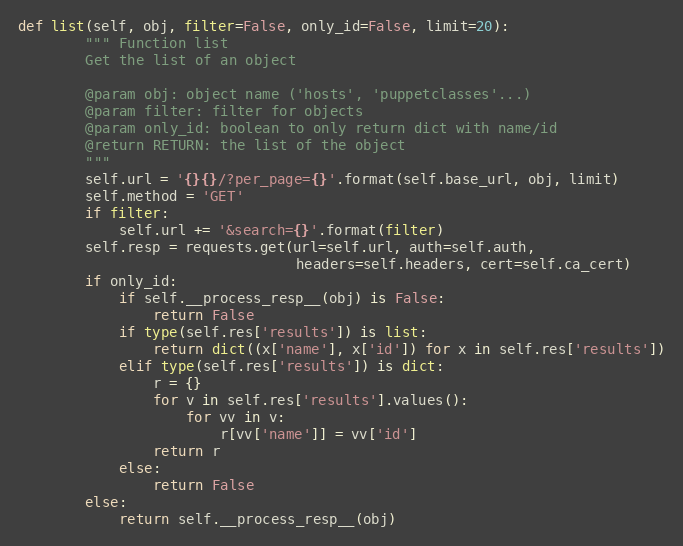
Language: Python
def list(self, obj, filter=False, only_id=False, limit=20):
        """ Function list
        Get the list of an object

        @param obj: object name ('hosts', 'puppetclasses'...)
        @param filter: filter for objects
        @param only_id: boolean to only return dict with name/id
        @return RETURN: the list of the object
        """
        self.url = '{}{}/?per_page={}'.format(self.base_url, obj, limit)
        self.method = 'GET'
        if filter:
            self.url += '&search={}'.format(filter)
        self.resp = requests.get(url=self.url, auth=self.auth,
                                 headers=self.headers, cert=self.ca_cert)
        if only_id:
            if self.__process_resp__(obj) is False:
                return False
            if type(self.res['results']) is list:
                return dict((x['name'], x['id']) for x in self.res['results'])
            elif type(self.res['results']) is dict:
                r = {}
                for v in self.res['results'].values():
                    for vv in v:
                        r[vv['name']] = vv['id']
                return r
            else:
                return False
        else:
            return self.__process_resp__(obj)